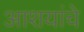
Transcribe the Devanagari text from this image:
आशयांचे